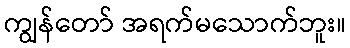
ကျွန်တော် အရက်မသောက်ဘူး။